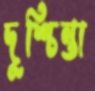
দুশ্চিন্তা